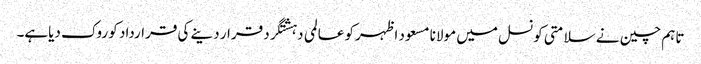
تاہم چین نے سلامتی کونسل میں مولانا مسعود اظہرکو عالمی دہشتگرد قرار دینے کی قرارداد کو روک دیاہے۔